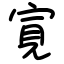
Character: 㝟